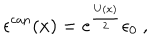
LaTeX: \epsilon ^ { \mathrm { c a n } } ( x ) = e ^ { \frac { U ( x ) } { 2 } } \epsilon _ { 0 } \ ,